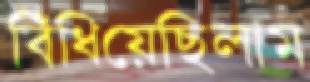
বিঁধিয়েছিলাম